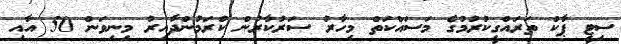
ސިޓީ ޕާކް ތަރައްގީކުރުމުގެ މަސައްކަތް މިހާރު ސަރުކާރުން ކުރަމުންދާއިރު މިނިވަން 50 އާއި